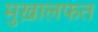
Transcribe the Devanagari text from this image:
मुख़ालफत